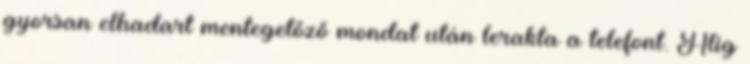
gyorsan elhadart mentegetőző mondat után lerakta a telefont. Alig